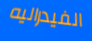
الفيدراليه